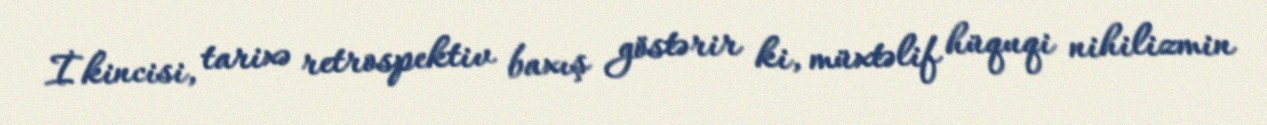
İkincisi, tarixə retrospektiv baxış göstərir ki, müxtəlif hüquqi nihilizmin